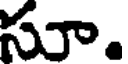
సూ.